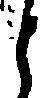
と